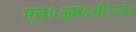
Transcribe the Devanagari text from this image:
एन०आर०सी०एच०